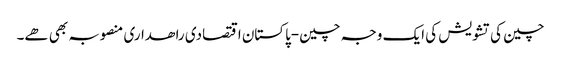
چین کی تشویش کی ایک وجہ چین-پاکستان اقتصادی راھداری منصوبہ بھی ھے۔